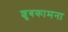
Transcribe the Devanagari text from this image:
शुबकामना